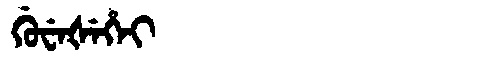
Manchu: ᡤᡠᠸᡝᡧᡝᡥᡝᡳ
Romanization: GUWEŠEHEI